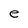
Character: e